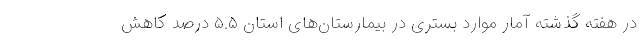
در هفته گذشته آمار موارد بستری در بیمارستان‌های استان ۵.۵ درصد کاهش